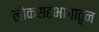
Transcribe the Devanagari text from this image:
लोकसहभागातुन